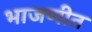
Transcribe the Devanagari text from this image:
भाजणीत